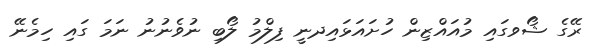
ރޭގެ ޝޯވގައި މުއައްޒިން ހުށައަޅައިދނީ ފިލްމު ލޯބި ނުވެނުނު ނަމަ ގައި ހިމެނޭ